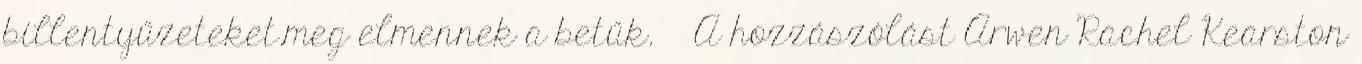
billentyűzeteket.meg elmennek a betűk. A hozzászólást Arwen Rachel Kearston